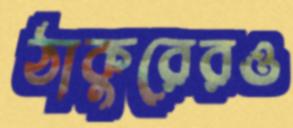
ঠাকুরেরও